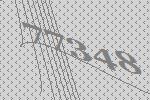
77348